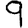
Digit: 9